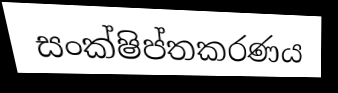
සංක්ෂිප්තකරණය